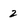
Character: 2